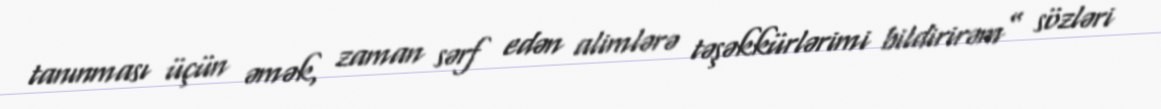
tanınması üçün əmək, zaman sərf edən alimlərə təşəkkürlərimi bildirirəm” sözləri